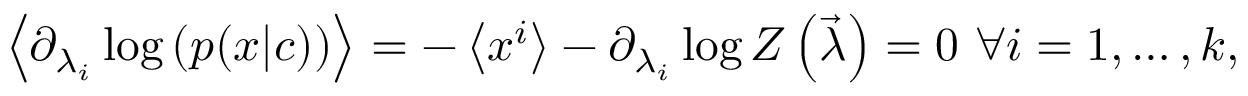
\begin{array} { r } { \left\langle \partial _ { \lambda _ { i } } \log \left( p ( x | c ) \right) \right\rangle = - \left\langle x ^ { i } \right\rangle - \partial _ { \lambda _ { i } } \log Z \left( \vec { \lambda } \right) = 0 \ \forall i = 1 , \ldots , k , } \end{array}